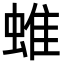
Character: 蜼